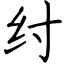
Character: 纣